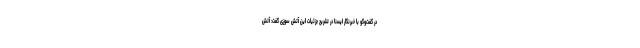
در گفت‌وگو با خبرنگار ایسنا در تشریح جزئیات این آتش سوزی گفت: آتش